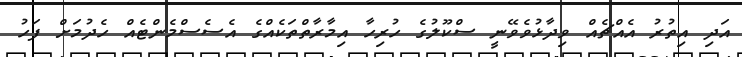
އަދި އިތުރު އެއްޗެއް ވިދާޅުވެވޭނީ ސްކޫލުގެ ހުރިހާ އިމާރާތްތަކެއްގެ އެސެސްމެންޓެއް ހެދުމަށް ފަހު